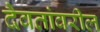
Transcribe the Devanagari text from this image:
दैवतांवरील